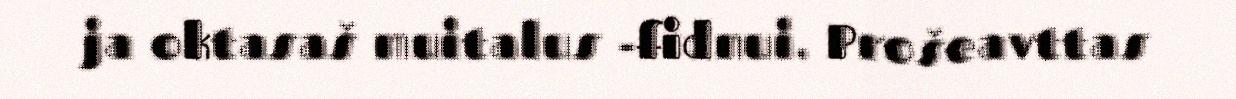
ja oktasaš muitalus -fidnui. Prošeavttas